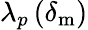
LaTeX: \lambda_{p}\left(\delta_{\mathrm{m}}\right)